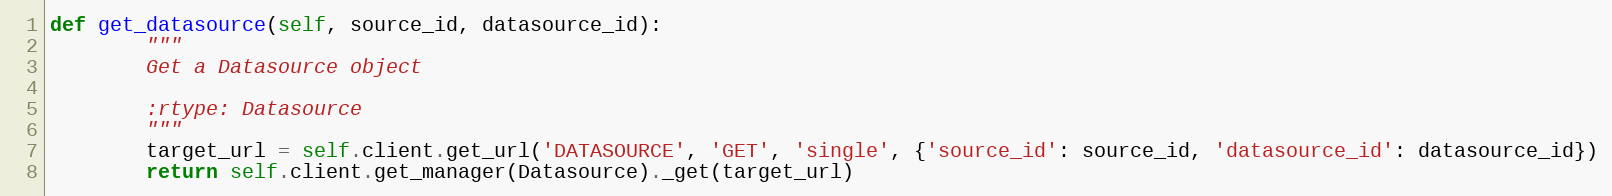
Language: Python
def get_datasource(self, source_id, datasource_id):
        """
        Get a Datasource object

        :rtype: Datasource
        """
        target_url = self.client.get_url('DATASOURCE', 'GET', 'single', {'source_id': source_id, 'datasource_id': datasource_id})
        return self.client.get_manager(Datasource)._get(target_url)